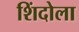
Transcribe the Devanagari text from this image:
शिंदोला